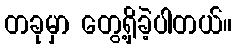
တခုမှာ တွေ့ရှိခဲ့ပါတယ်။